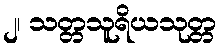
၂၊ သတ္တသူရိယသုတ္တ